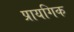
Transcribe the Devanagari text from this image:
प्रायगिक